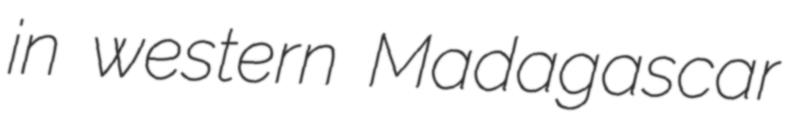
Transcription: in western Madagascar